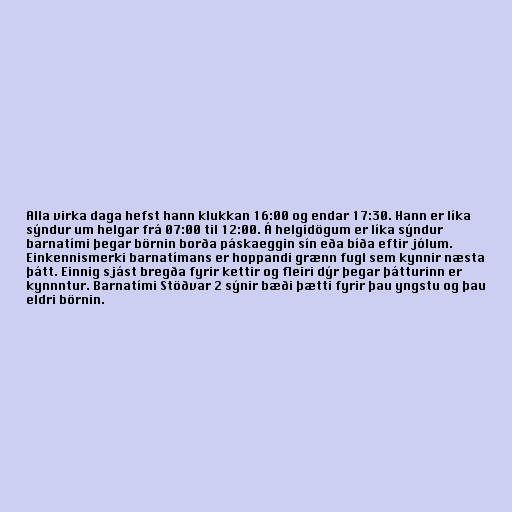
Alla virka daga hefst hann klukkan 16:00 og endar 17:30. Hann er líka
sýndur um helgar frá 07:00 til 12:00. Á helgidögum er líka sýndur
barnatími þegar börnin borða páskaeggin sín eða bíða eftir jólum.
Einkennismerki barnatímans er hoppandi grænn fugl sem kynnir næsta
þátt. Einnig sjást bregða fyrir kettir og fleiri dýr þegar þátturinn er
kynnntur. Barnatími Stöðvar 2 sýnir bæði þætti fyrir þau yngstu og þau
eldri börnin.